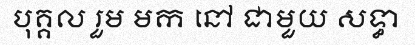
បុគ្គល រួម មក នៅ ជាមួយ សទ្ធា